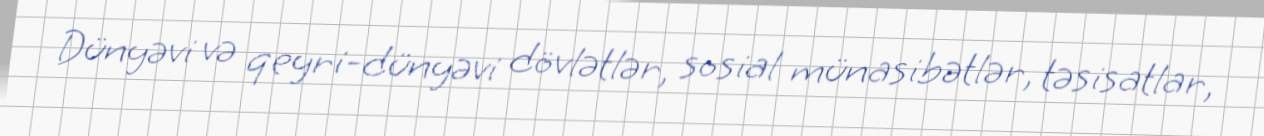
Dünyəvi və qeyri-dünyəvi dövlətlər, sosial münasibətlər, təsisatlar,